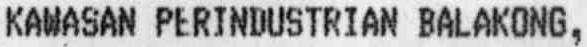
KAWASAN PERINDUSTRIAN BALAKONG,